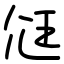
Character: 尩